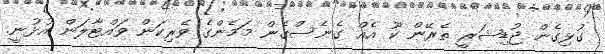
ގުޅިގެން ޖުޑިޝަރީ ތެރޭން ކޫ އެއް ގެނެސްގެން މަމެންގެ ވެރިކަން ވައްޓާލަން އުޅުނީ.